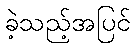
ခဲ့သည့်အပြင်